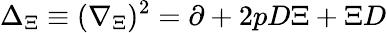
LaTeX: \Delta_{\Xi}\equiv(\nabla_{\Xi})^{2}=\partial+2pD\Xi+\Xi D